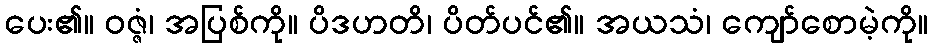
ပေး၏။ ဝဇ္ဇံ၊ အပြစ်ကို။ ပိဒဟတိ၊ ပိတ်ပင်၏။ အယသံ၊ ကျော်စောမဲ့ကို။